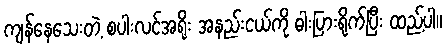
ကျန်နေသေးတဲ့ စပါးလင်အရိုး အနည်းငယ်ကို ဓါးပြားရိုက်ပြီး ထည့်ပါ။